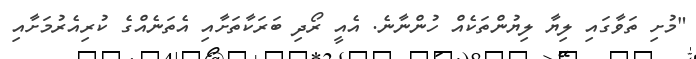
"މުށި ތަވާގައި ލިޔާ ލިޔުންތަކެއް ހުންނާނެ. އެއީ ރޯދި ބަރަކާތަށާއި އެތަނެއްގެ ކުރިއެރުމަށާއި